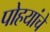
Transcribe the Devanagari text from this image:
पोहयांचे